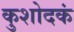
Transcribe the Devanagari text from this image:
कुशोदकं